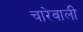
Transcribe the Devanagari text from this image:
चारेवाली